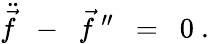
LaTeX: \ddot{\vec{f}}\ \ -\ \ \vec{f}^{\ \prime\prime}\ \ =\ \ 0\ .